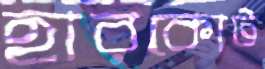
হারকোর্ট